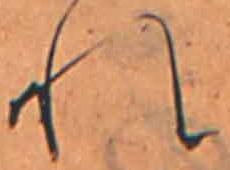
れ